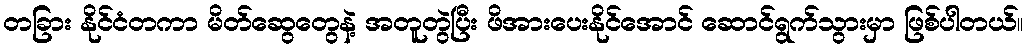
တခြား နိုင်ငံတကာ မိတ်ဆွေတွေနဲ့ အတူတွဲပြီး ဖိအားပေးနိုင်အောင် ဆောင်ရွက်သွားမှာ ဖြစ်ပါတယ်။